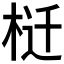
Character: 𰗬